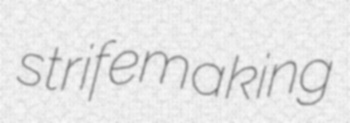
strifemaking